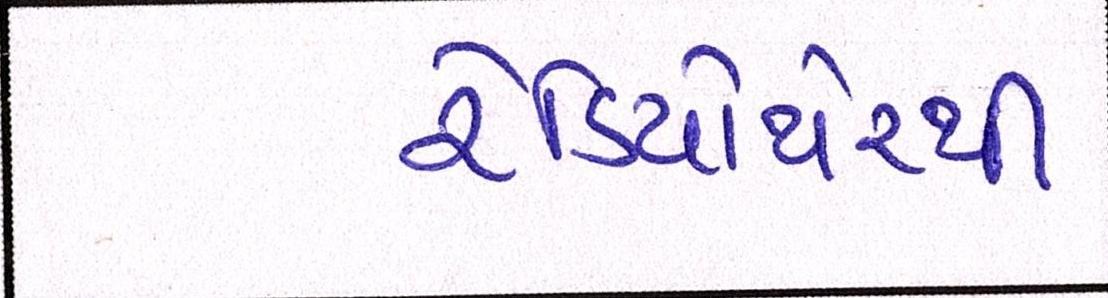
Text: રેડિયોથેરપી